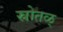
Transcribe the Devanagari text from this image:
स्रोतळ्